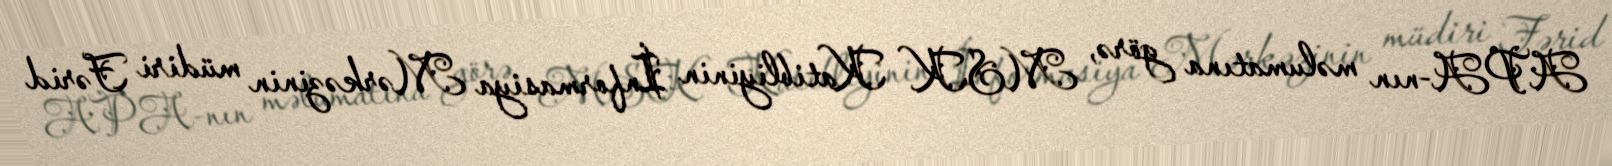
APA-nın məlumatına görə, MSK Katibliyinin İnformasiya Mərkəzinin müdiri Fərid